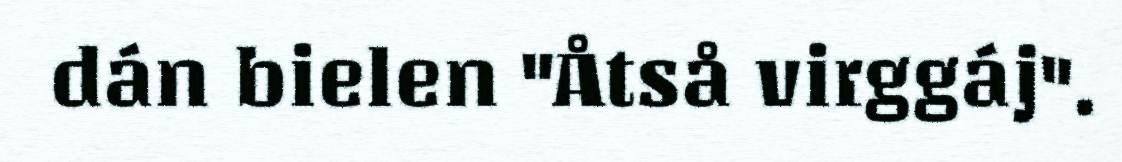
dán bielen "Åtså virggáj".